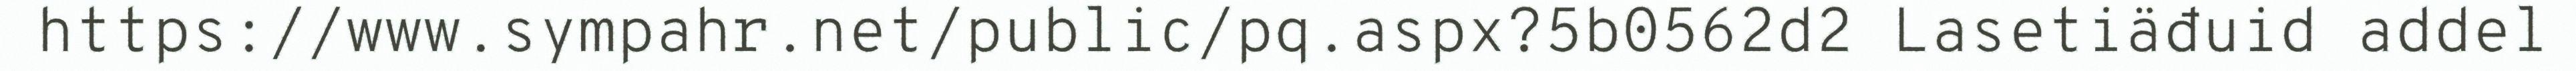
https://www.sympahr.net/public/pq.aspx?5b0562d2 Lasetiäđuid addel